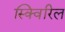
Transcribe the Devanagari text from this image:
स्क्विरिल